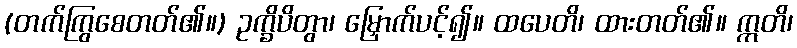
(တက်ကြွစေတတ်၏။) ဥက္ခိပိတွာ၊ မြှောက်ပင့်၍။ ထပေတိ၊ ထားတတ်၏။ ဣတိ၊